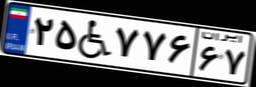
۲۵W۷۷۶۶۷